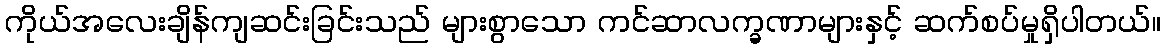
ကိုယ်အလေးချိန်ကျဆင်းခြင်းသည် များစွာသော ကင်ဆာလက္ခဏာများနှင့် ဆက်စပ်မှုရှိပါတယ်။